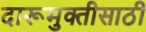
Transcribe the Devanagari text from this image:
दारूमुक्तीसाठी